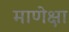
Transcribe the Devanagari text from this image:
माणेक्षा